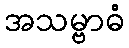
အသမ္ဗာဓံ